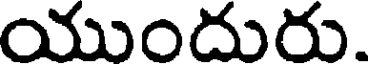
యుందురు.